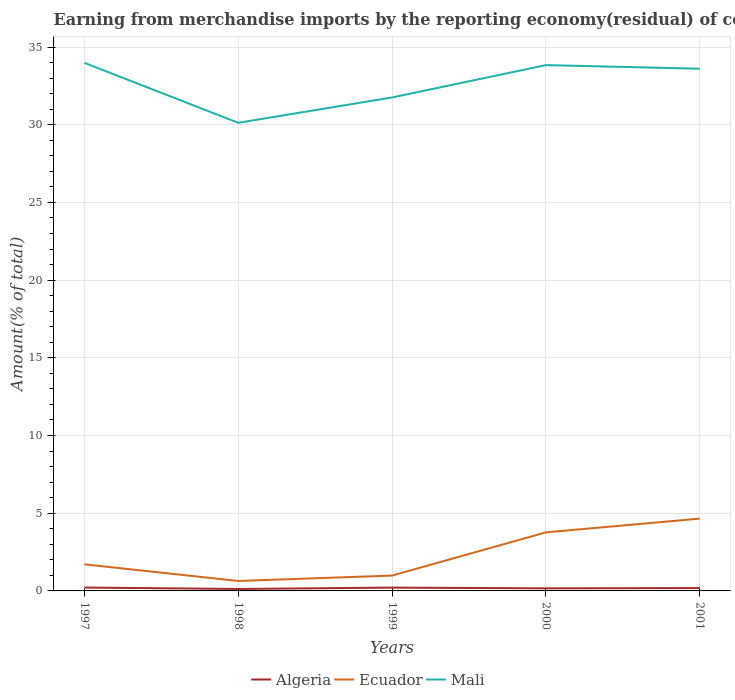
| Years | Algeria | Ecuador | Mali |
 | --- | --- | --- | --- |
 | 1997 | 0.217 | 1.71 | 34 |
 | 1998 | 0.126 | 0.641 | 30.1 |
 | 1999 | 0.213 | 0.988 | 31.8 |
 | 2000 | 0.165 | 3.77 | 33.8 |
 | 2001 | 0.184 | 4.65 | 33.6 |